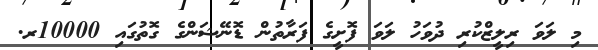
މި ލަވަ ރިލީޒްކުރި ދުވަހު ލަވަ ފޮށީގެ ފަރާތުން ޑޮނޭޝަންގެ ގޮތުގައި 10000ރ.